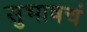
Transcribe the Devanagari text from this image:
सुभाषचं